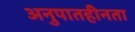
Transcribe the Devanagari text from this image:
अनुपातहीनता